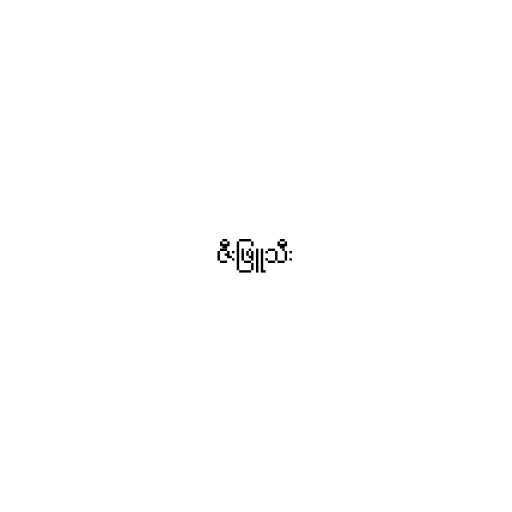
ဇီးဖြူသီး